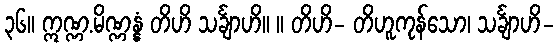
၃၆။ ဣဏ္ဏ.မိဏ္ဏန္နံ တိဟိ သင်္ချာဟိ။ ။ တိဟိ- တိဟူကုန်သော၊ သင်္ချာဟိ-